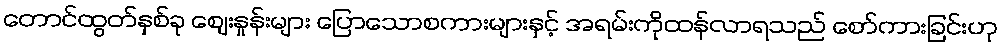
တောင်ထွတ်နှစ်ခု ဈေးနှုန်းများ ပြောသောစကားများနှင့် အရမ်းကိုထန်လာရသည် စော်ကားခြင်းဟု